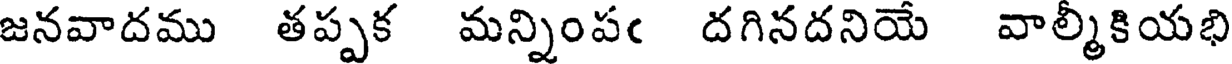
జనవాదము తప్పక మన్నింపఁ దగినదనియే వాల్మీకియభి